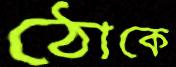
ঠোকে